Indian journal of veterinary science and animal husbandry - Volume 6,
Year: 1936
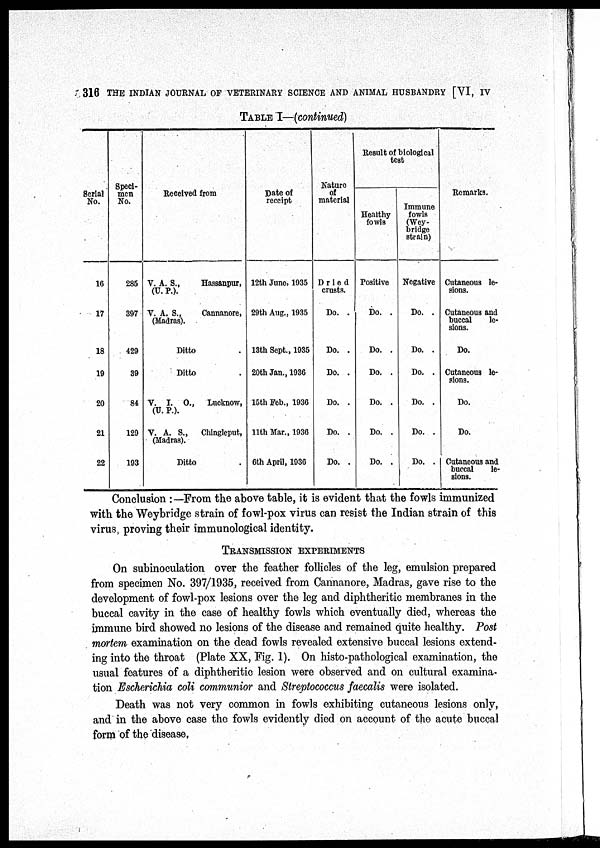
316 THE INDIAN JOURNAL OF VETERINARY SCIENCE AND ANIMAL HUSBANDRY [VI, IV
TABLE I—(continued)
Serial
No.
16
17
18
19
20
21
22
Speci-
men
No.
285
397
429
39
84
129
193
Received from
V. A. S., Hassanpur,
(U. P.).
V. A. S., Cannanore,
(Madras).
Ditto
.
Ditto
.
V. I. O., Lucknow,
(U. P.).
V. A. S., Chingleput,
(Madras).
Ditto .
Date of
receipt
12th June, 1935
29th Aug., 1935
13th Sept., 1935
20th Jan., 1936
15th Feb., 1936
11th Mar., 1936
6th April, 1936
Nature
of
material
Dried
crusts.
Do. .
Do. .
Do. .
Do. .
Do. .
Do. .
Result of biological
test
Healthy
fowls
Positive
Do. .
Do. .
Do. .
Do. .
Do. .
Do. .
Immune
fowls
(Wey¬
bridge
strain)
Negative
Do. .
Do. .
Do. .
Do. .
Do. .
Do. .
Remarks.
Cutaneous le-
sions.
Cutaneous and
buccal
le-
sions.
Do.
Cutaneous le-
sions.
Do.
Do.
Cutaneous and
buccal
le-
sions.
Conclusion :—From the above table, it is evident that the fowls immunized
with the Weybridge strain of fowl-pox virus can resist the Indian strain of this
virus proving their immunological identity.
TRANSMISSION EXPERIMENTS
On subinoculation over the feather follicles of the leg, emulsion prepared
from specimen No. 397/1935, received from Cannanore, Madras, gave rise to the
development of fowl-pox lesions over the leg and diphtheritic membranes in the
buccal cavity in the case of healthy fowls which eventually died, whereas the
immune bird showed no lesions of the disease and remained quite healthy. Post
mortem examination on the dead fowls revealed extensive buccal lesions extend-
ing into the throat (Plate XX, Fig. 1). On histo-pathological examination, the
usual features of a diphtheritic lesion were observed and on cultural examina-
tion Escherichia coli communior and Streptococcus faecalis were isolated.
Death was not very common in fowls exhibiting cutaneous lesions only,
and in the above case the fowls evidently died on account of the acute buccal
form of the disease.